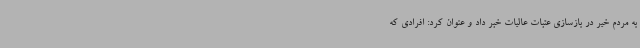
به مردم خیر در بازسازی عتبات عالیات خبر داد و عنوان کرد: افرادی که